King Institute of Preventive Medicine Micro-Biological Section reports 1912-19
Year: 1912
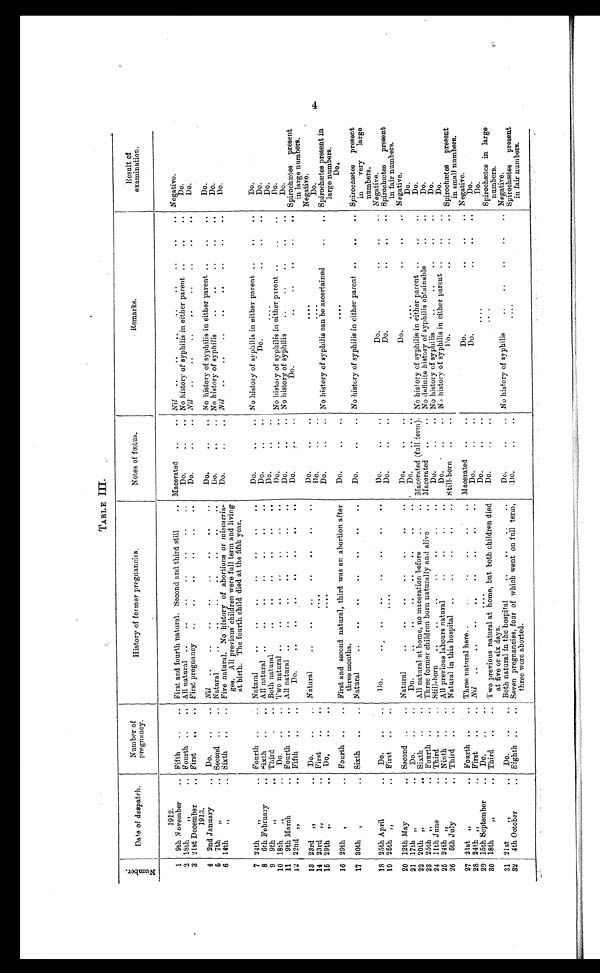
TABLE III.
N u m b e r .
Date of despatch.
Number of
pregnancy.
Histor y of former pregnancies.
Notes of fœtus.
Remarks.
Result of
examination.
1912.
1 9th November
... Fifth
..
.. First and fourth natural. Second and third still .. Macerated ..
.. Nil .. . . . .
Negative.
2 18th
" ..
Fourth ..
.. All natural ..
..
..
..
..
.. ..
Do.
.. .. No history of syphilis in either parent ..
..
..
Do.
3 21st December
..
1913.
First
..
.. First pregnancy
.. .. .. ..
Do.
Nil
Do.
4 2nd January
Do.
Nil
Do.
.. .. No history of syphilis in either parent ..
Do.
5
7th
" ..
Second ..
.. Natural
..
.. .. .. .. .. ..
Do.
.. .. No history of syphilis
..
..
..
..
..
Do.
6 14th
" .. Sixth ..
.. Five natural. No history of abortions or miscarria-
ges. All previous children were full term and living
at birth. The fourth child died. at the fifth year.
Do.
Nil
Do.
7 24th
" ..
Fourth ..
.. Natural
Do.
.. .. No history of syphilis in either parent ..
. .
..
Do.
8 6th February
.. Sixth ..
.. All natural .,
..
..
.. ., , , ..
Do.
.. ..
Do. .. .. ..
Do.
9 9th "
..
Third
. ..
Both natural
Do.
....
Do.
10 18th
" ..
Do.
.
.. Two natural ..
..
..
..
..
..
..
Do.
..
.. No history of syphilis in either parent ..
..
..
Do.
11 9th March
.. Fourth .
.. All natural ..
..
..
..
..
..
Do.
, .
.. No history of syphilis
..
..
Do.
12 22nd "
.. Fifth
..
Do.
.. .. .. .. .. .. ..
Do.
Do.
.. .. .. .. ..
Spirochætes present
in large numbers.
13 23rd " ..
Do.
.
... Natural
.. .. .. .. .. .. ..
Do.
Negative.
14 23rd "
.. First
.
...
. . . .
Do. .. ..
....
Do
.
15 29th "
Do.
..
Do.
..
.. No history of syphilis can be ascertained
..
.. Spirochætes present in
large numbers.
16 29th , ..
Fourth .
.. First and second natural, third was an abortion after
three months.
Do.
.. ..
. . . .
Do
17 30th , ..
Sixth ..
.. Natural
.. .. .. .. .. ..
Do.
..
.. No history of syphilis in either parent ..
.. .. Spirochætes present
in
very large
numbers.
18 25th April
.. Do.
..
..
Do.
.. .. .. .. .. .. ..
Do.
Do.
..
.. .. Negative.
19 25th "
.. First.
..
. . . .
Do.
..
..
Do.
..
..
Spirochætes present
in fair numbers.
20 12th May
.. Second
.. Natural
.. .. .. .. .. ..
Do.
..
..
Do.
.. .. ..
Negative.
21 17th " ..
Do.
..
...
Do. .. .. .. .. .. .. ..
Do.
. . . .
Do.
22 20th "
.. Sixth ..
.. All natural at home, no maceration before .. .. Macerated (full term). No history of syphilis in either parent ..
„
..
Do.
23 25th "
.. Fourth ..
.. Three former children born naturally and alive
.. Macerated ..
.. No definite history of syphilis obtainable
Do.
24 11th June
.. Third .. .. Still-horn
..
.. .. ..... ....
Do.
..
. . No history of syphilis
..
..
..
„
..
Do.
25 24th "
.. Ninth ..
.. All previous labours natural
.. .. .. ..
Do.
.. .. No history of syphilis in either parent
Do.
26 5th July
.. Third .. .. Natural in this hospital ..
..
.. .. ..
Still-born .. ..
Do.
..
..
.. Spirochætes present
in small numbers.
27 2lst " ..
Fourth .. .. Three natural here..
.. .. .. ..
Macerated ..
..
Do.
..
..
.. Negative.
28 24th "
.. First
..
.. Nil .. .. .. .. .. .. ..
Do.
Do.
..
..
..
Do.
29 15th September
.. Do. .. ..
. . . .
Do. .. . .
. . . .
Do.
30 18th
" ..
Third .. .. Two previous natural at home, but both children died
at five or six days.
Do.
..
Spirochætes in large
numbers.
31 21st
" ..
Do. .. . ,
Both natural in the hospital
..
..
..
..
Do. .. ..
No history of syphilis
.., .. .. .. ..
Negative.
32 4th October
.. Eighth ..
.. Seven pregnancies, four of which went on full term,
three were aborted.
Do.
....
Spirochætes present
in fair numbers.